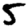
Digit: 5